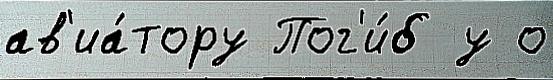
ав'иа́тору Пог'и́б у о